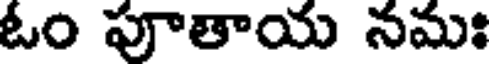
ఓం పూతాయ నమః